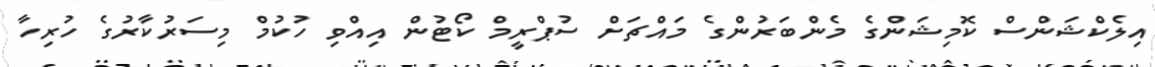
އިލެކްޝަންސް ކޮމިޝަންގެ މެންބަރުންގެ މައްޗަށް ސުޕްރީމް ކޯޓުން އިއްވި ހުކުމް މިސަރުކާރުގެ ހުރިހާ